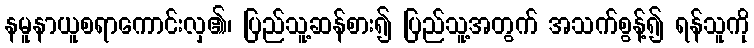
နမူနာယူစရာကောင်းလှ၏၊ ပြည်သူ့ဆန်စား၍ ပြည်သူ့အတွက် အသက်စွန့်၍ ရန်သူကို